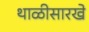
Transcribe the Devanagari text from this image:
थाळीसारखे